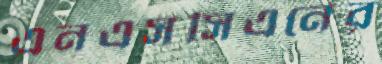
এনএসসিএনের